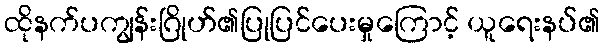
ထိုနက်ပကျွန်းဂြိုဟ်၏ပြုပြင်ပေးမှုကြောင့် ယူရေးနပ်၏